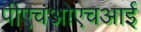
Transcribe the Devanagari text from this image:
पीएचओएचआई